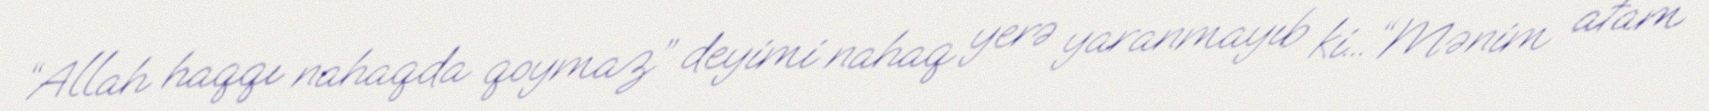
“Allah haqqı nahaqda qoymaz” deyimi nahaq yerə yaranmayıb ki...“Mənim atam